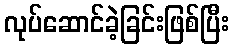
လုပ်ဆောင်ခဲ့ခြင်းဖြစ်ပြီး